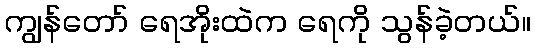
ကျွန်တော် ရေအိုးထဲက ရေကို သွန်ခဲ့တယ်။